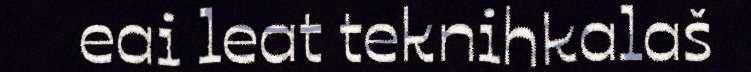
eai leat teknihkalaš